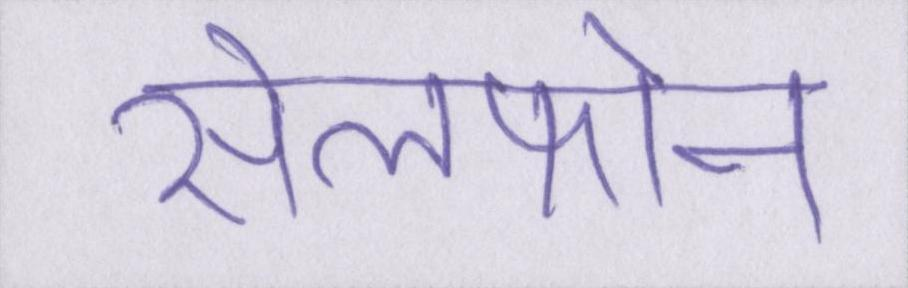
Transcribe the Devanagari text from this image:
सेलफोन